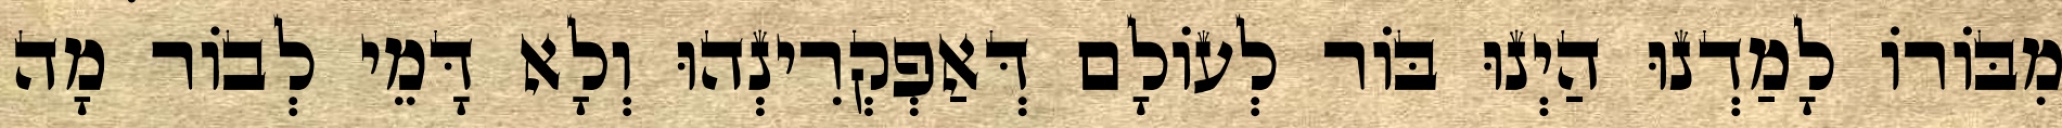
מִבּוֹרוֹ לָמַדְנוּ הַיְנוּ בּוֹר לְעוֹלָם דְּאַפְקְרִינְהוּ וְלָא דָּמֵי לְבוֹר מָה